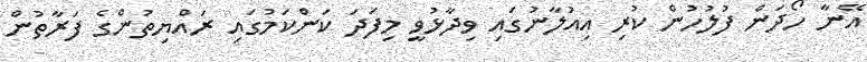
އޭނާ ހޯދަން ފުލުހުން ކުރި އިއުލާނުގައި ވިދާޅުވީ މިފަދަ ކަންކަމުގައި ރައްޔިތުންގެ ފަރާތުން